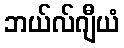
ဘယ်လ်ဂျီယံ